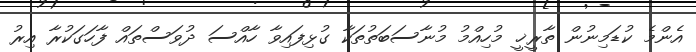
އެންމެ ކުޑަމިނުން ތާރީޚީ މުހިއްމު މުނާސަބަތުތަކާ ގުޅިފައިވާ ހާއްސަ ދުވަސްތައް ފާހަގަކުރާ އިރު